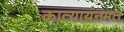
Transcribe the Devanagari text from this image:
कात्यायनमत